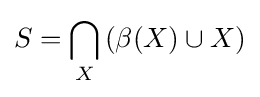
S=\bigcap _{X}\left(\beta (X)\cup X\right)